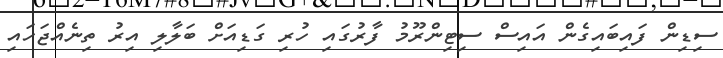
ސިޑިން ފައިބައިގެން އައިސް ސިޓިންރޫމު ފާރުގައި ހުރި ގަޑިއަށް ބަލާލި އިރު ތިނެއްޖަހައި